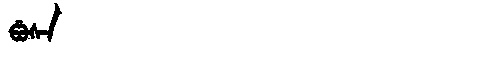
Manchu: ᡦᡠᠰᠠ
Romanization: PUSA